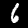
Digit: 6